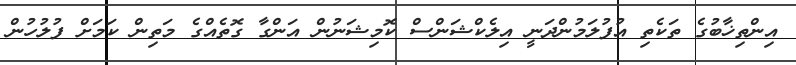
އިންތިޚާބުގެ ތަކެތި އުފުލަމުންދަނީ އިލެކްޝަންސް ކޮމިޝަނުން އަންގާ ގޮތެއްގެ މަތިން ކަމަށް ފުލުހުން